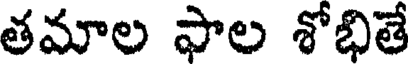
తమాల ఫాల శోభితే